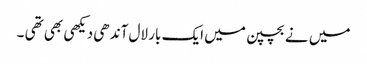
میں نے بچپن میں ایک بار لال آندھی دیکھی بھی تھی ۔